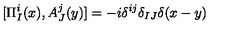
[ \Pi _ { I } ^ { i } ( x ) , A _ { J } ^ { j } ( y ) ] = - i \delta ^ { i j } \delta _ { I J } \delta ( x - y )